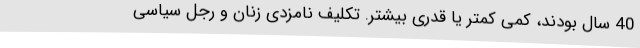
40 سال بودند، کمی کمتر یا قدری بیشتر. تکلیف نامزدی زنان و رجل سیاسی